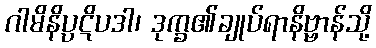
ဂါမိနိပ္ပဋိပဒါ၊ ဒုက္ခ၏ချုပ်ရာနိဗ္ဗာန်သို့